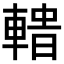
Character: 𨍟